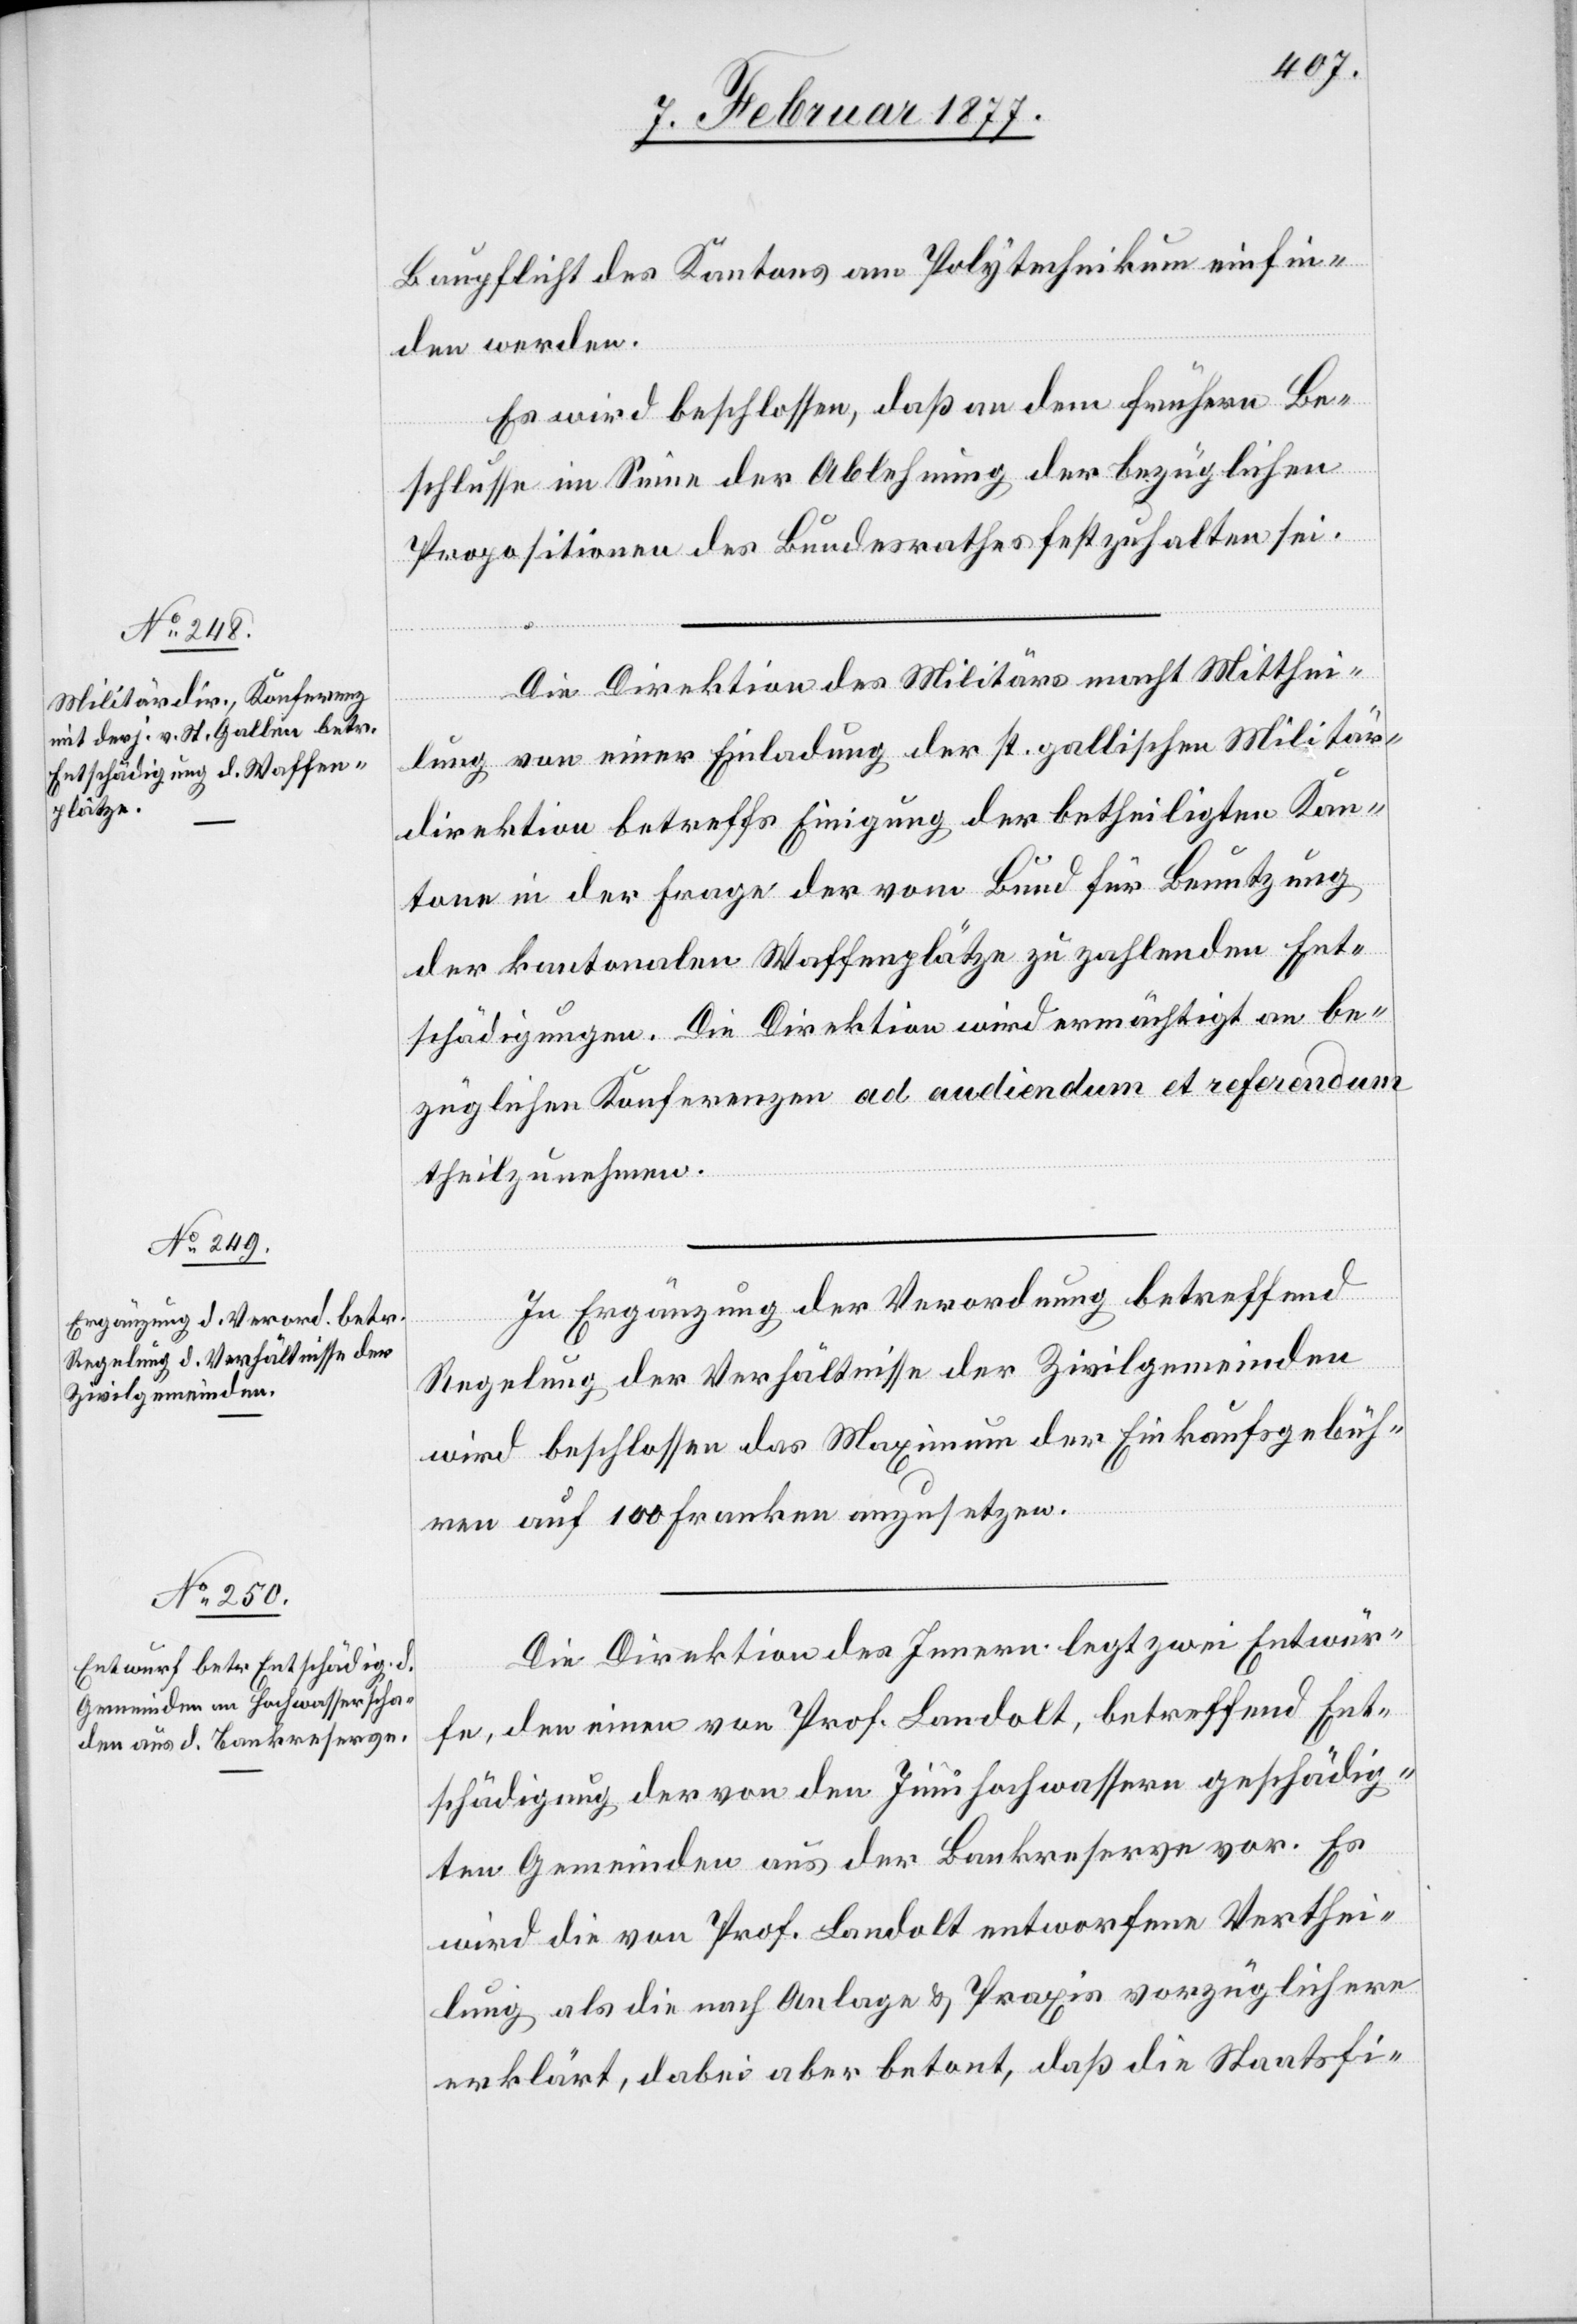
Baupflicht des Kantons am Polytechnikum einfin¬
den werden.
Es wird beschlossen, daß an dem frühern Be¬
schlusse im Sinne der Ablehnung der bezüglichen
Propositionen des Bundesrathes festzuhalten sei.
Die Direktion des Militärs macht Mitthei¬
lung von einer Einladung der st. gallischen Militär¬
direktion betreffs Einigung der betheiligten Kan¬
tone in der Frage der vom Bund für Benutzung
der kantonalen Waffenplätze zu zahlenden Ent¬
schädigungen. Die Direktion wird ermächtigt an be¬
züglichen Konferenzen at audiendum et referendum
theilzunehmen.
In Ergänzung der Verordnung betreffend
Regelung der Verhältnisse der Zivilgemeinden
wird beschlossen das Maximum der Einkaufsgebüh¬
ren auf 100 Franken anzusetzen.
Die Direktion des Innern legt zwei Entwür¬
fe, den einen von Prof. Landolt, betreffend Ent¬
schädigung der von den Junihochwassern geschädig¬
ten Gemeinden aus der Bankreserve vor. Es
wird die von Prof. Landolt entworfene Verthei¬
lung als die nach Anlage & Praxis vorzüglichere
erklärt, dabei aber betont, daß die Staatsfi-